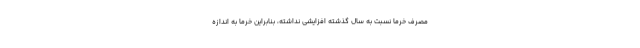
مصرف خرما نسبت به سال گذشته افزایشی نداشته، بنابراین خرما به اندازه